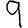
Digit: 9